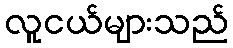
လူငယ်များသည်